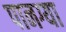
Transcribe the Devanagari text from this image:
पानग्या